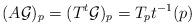
LaTeX: \begin{align*}(A\mathcal{G})_p=(T^t\mathcal{G})_{p}= T_{p} t^{-1}(p)\end{align*}